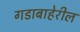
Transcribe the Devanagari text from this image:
गडाबाहेरील